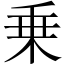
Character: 乗